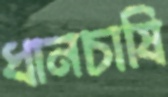
ধানচাষি